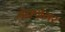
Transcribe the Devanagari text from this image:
मेक्ग्रेगर